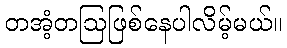
တအံ့တဩဖြစ်နေပါလိမ့်မယ်။